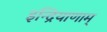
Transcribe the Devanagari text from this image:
इन्द्रियाणाम्